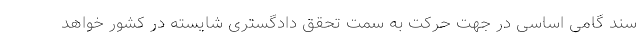
سند گامی اساسی در جهت حرکت به سمت تحقق دادگستری شایسته در کشور خواهد